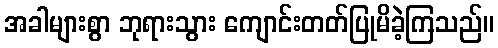
အခါများစွာ ဘုရားသွား ကျောင်းတတ်ပြုမိခဲ့ကြသည်။